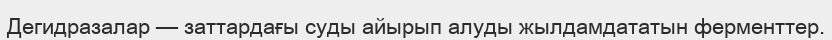
Дегидразалар — заттардағы суды айырып алуды жылдамдататын ферменттер.